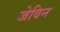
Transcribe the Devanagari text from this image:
जेविन